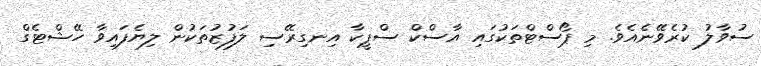
ސުވާލު ކުރެވޭނެއެވެ. މި ޕޯސްޓްތަކުގައި އާސްކް ސްޕީކާ އިނގިރޭސި ލަފުޒުތަކުން ލިޔެފައިވާ ހޭޝްޓެގް